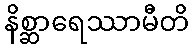
နိစ္ဆာရေဿာမီတိ